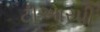
ટીઆરપી